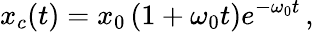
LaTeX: x_{c}(t)=x_{0}\left(1+\omega_{0}t\right)e^{-\omega_{0}t}\, ,